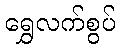
ရွှေလက်စွပ်